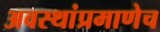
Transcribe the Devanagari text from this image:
अवस्थांप्रमाणेच